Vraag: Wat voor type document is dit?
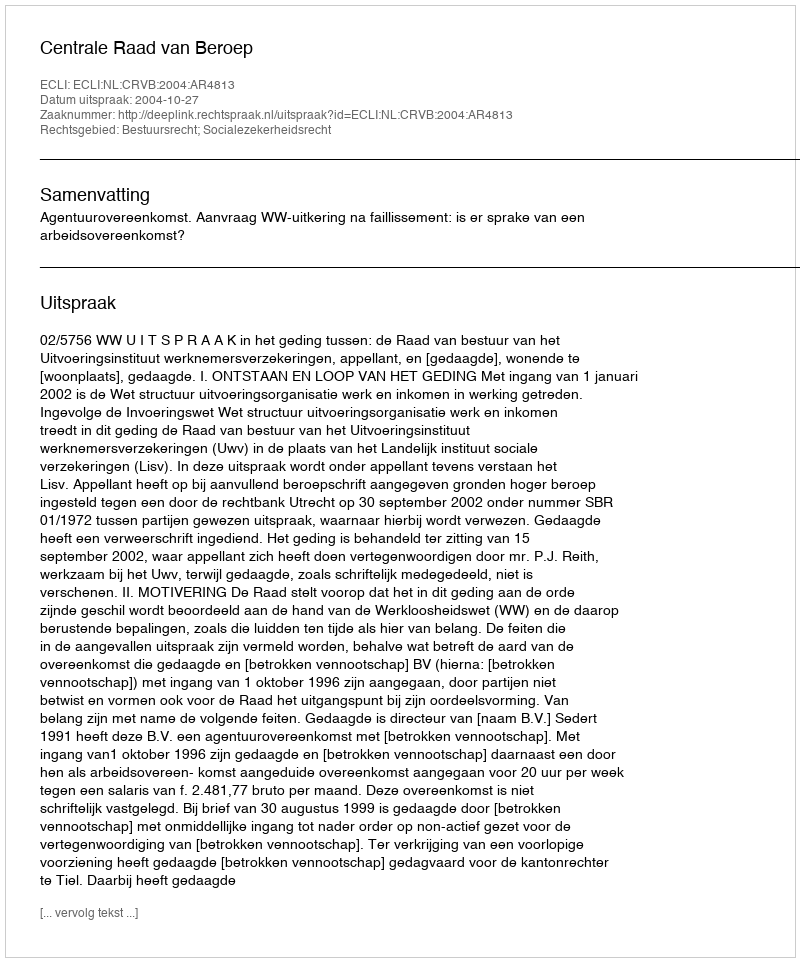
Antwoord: Uitspraak